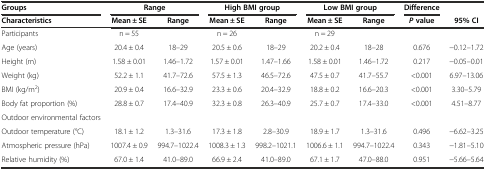
| Groups | <COLSPAN=2> Range | <COLSPAN=2> High BMI group | <COLSPAN=2> Low BMI group | Difference |  |
 | Characteristics | Mean ± SE | Range | Mean ± SE | Range | Mean ± SE | Range | Pvalue | 95% CI |
 | --- | --- | --- | --- | --- | --- | --- | --- | --- |
 | Participants | n = 55 |  | n = 26 |  | n = 29 |  |  |  |
 | Age (years) | 20.4 ± 0.4 | 18–29 | 20.5 ± 0.6 | 18–29 | 20.2 ± 0.4 | 18–28 | 0.676 | -0.12–1.72 |
 | Height (m) | 1.58 ± 0.01 | 1.46–1.72 | 1.57 ± 0.01 | 1.47–1.66 | 1.58 ± 0.01 | 1.46–1.72 | 0.217 | -0.05–0.01 |
 | Weight (kg) | 52.2 ± 1.1 | 41.7–72.6 | 57.5 ± 1.3 | 46.5–72.6 | 47.5 ± 0.7 | 41.7–55.7 | <0.001 | 6.97–13.06 |
 | BMI (kg/m2) | 20.9 ± 0.4 | 16.6–32.9 | 23.3 ± 0.6 | 20.4–32.9 | 18.8 ± 0.2 | 16.6–20.3 | <0.001 | 3.30–5.79 |
 | Body fat proportion (%) | 28.8 ± 0.7 | 17.4–40.9 | 32.3 ± 0.8 | 26.3–40.9 | 25.7 ± 0.7 | 17.4–33.0 | <0.001 | 4.51–8.77 |
 | Outdoor environmental factors | <COLSPAN=2>  |  |  |  |  |  |  |
 | Outdoor temperature (°C) | 18.1 ± 1.2 | 1.3–31.6 | 17.3 ± 1.8 | 2.8–30.9 | 18.9 ± 1.7 | 1.3–31.6 | 0.496 | -6.62–3.25 |
 | Atmospheric pressure (hPa) | 1007.4 ± 0.9 | 994.7–1022.4 | 1008.3 ± 1.3 | 998.2–1021.1 | 1006.6 ± 1.1 | 994.7–1022.4 | 0.343 | -1.81–5.10 |
 | Relative humidity (%) | 67.0 ± 1.4 | 41.0–89.0 | 66.9 ± 2.4 | 41.0–89.0 | 67.1 ± 1.7 | 47.0–88.0 | 0.951 | -5.66–5.64 |